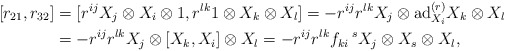
\begin{align*}[r_{21},r_{32}]&=[r^{ij}X_{j}\otimes X_{i}\otimes 1,r^{lk}1\otimes X_{k}\otimes X_{l}]= -r^{ij}r^{lk}X_{j}\otimes \mathrm{ad}^{(r)}_{X_{i}}X_{k}\otimes X_{l}\\&=-r^{ij}r^{lk}X_{j}\otimes [X_{k},X_{i}]\otimes X_{l}=-r^{ij}r^{lk}f_{ki}\,^{s}X_{j}\otimes X_{s}\otimes X_{l},\end{align*}